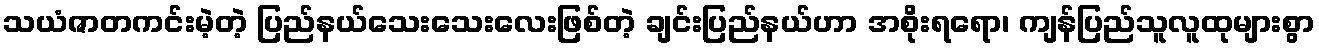
သယံဇာတကင်းမဲ့တဲ့ ပြည်နယ်သေးသေးလေးဖြစ်တဲ့ ချင်းပြည်နယ်ဟာ အစိုးရရော၊ ကျန်ပြည်သူလူထုများစွာ